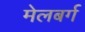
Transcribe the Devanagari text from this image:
मेलबर्ग